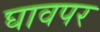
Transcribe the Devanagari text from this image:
घावपर